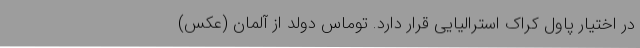
در اختیار پاول کراک استرالیایی قرار دارد. توماس دولد از آلمان (عکس)